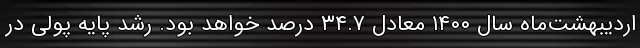
اردیبهشت‌ماه سال ۱۴۰۰ معادل ۳۴.۷ درصد خواهد بود. رشد پایه پولی در